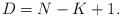
LaTeX: \begin{align*} D=N-K+1.\end{align*}